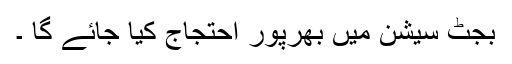
بجٹ سیشن میں بھرپور احتجاج کیا جائے گا ۔